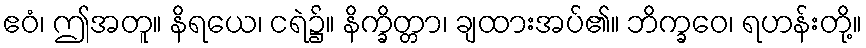
ဧဝံ၊ ဤအတူ။ နိရယေ၊ ငရဲ၌။ နိက္ခိတ္တာ၊ ချထားအပ်၏။ ဘိက္ခဝေ၊ ရဟန်းတို့။